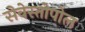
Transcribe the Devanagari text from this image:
सेवेस्तोपोल